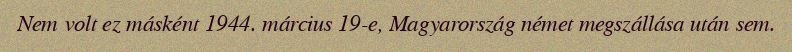
Nem volt ez másként 1944. március 19-e, Magyarország német megszállása után sem.